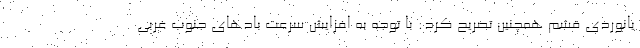
یانوردی قشم همچنین تصریح کرد: با توجه به افزایش سرعت بادهای جنوب غربی